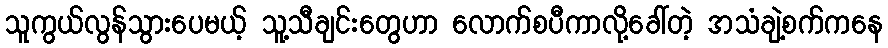
သူကွယ်လွန်သွားပေမယ့် သူ့သီချင်းတွေဟာ လောက်စပီကာလို့ခေါ်တဲ့ အသံချဲ့စက်ကနေ